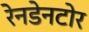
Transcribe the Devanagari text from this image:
रेनडेनटोर